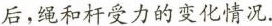
后,绳和杆受力的变化情况.